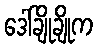
ဒေါ်ချိုချိုက